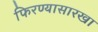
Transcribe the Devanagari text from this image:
फिरण्यासारखा